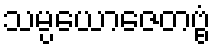
သမ္ပယောဇေတဗ္ဗံ